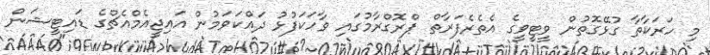
މި ހަރަކާތާ ގުޅޭގޮތުން ވީޓީވީގެ އެތެރެފަރާތް ޕްރޮގްރާމުގައި ވާހަކަފުޅު ދައްކަވަމުން އައިޖީއެމްއެޗްގެ ޑައިޓީޝަން